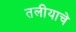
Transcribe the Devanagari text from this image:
तलीयाचे